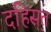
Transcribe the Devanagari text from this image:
दहिस़त